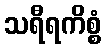
သရီရကိစ္စံ